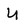
Character: U